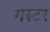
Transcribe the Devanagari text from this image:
गस्टर